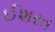
ઈશરત